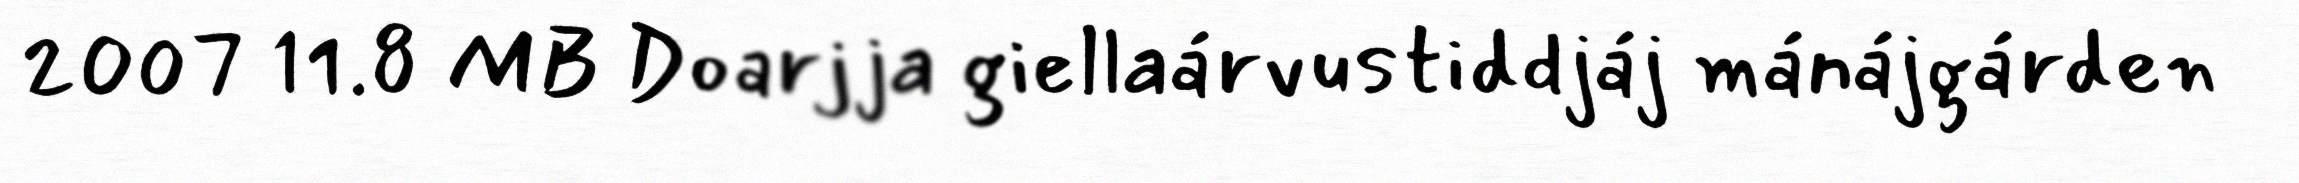
2007 11.8 MB Doarjja giellaárvustiddjáj mánájgárden